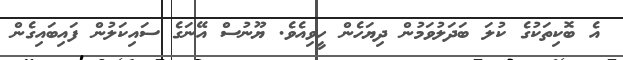
އެ ބޮކިތަކުގެ ކުލަ ބަދަލުވަމުން ދިޔަހެން ހީވިއެވެ. ޔޫނުސް އޭނަގެ ސައިކަލުން ފައިބައިގެން